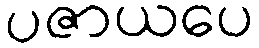
ပဇာယပေ